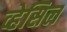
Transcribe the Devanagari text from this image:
व्हेसिल